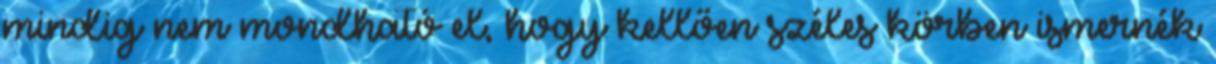
mindig nem mondható el, hogy kellően széles körben ismernék